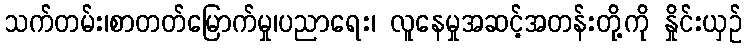
သက်တမ်း၊စာတတ်မြောက်မှု၊ပညာရေး၊ လူနေမှုအဆင့်အတန်းတို့ကို နှိုင်းယှဉ်